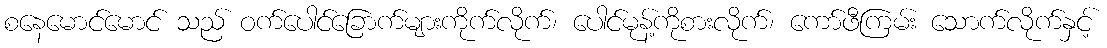
စနေမောင်မောင် သည် ဝက်ပေါင်ခြောက်များကိုက်လိုက်၊ ပေါင်မုန့်ကိုစားလိုက်၊ ကော်ဖီကြမ်း သောက်လိုက်နှင့်